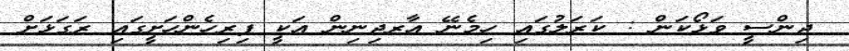
ޖިންސީ ވަޅޯކަން : ކަރަލުގައި ހިމެނޭ އާރޖިނިން އަކީ ފިރިހެންހަށީގައި ރަގަޅަށް